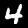
Label: 4